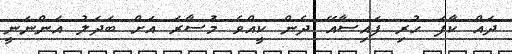
ދައް ކާފަ ހުރި ފައިސާއޭ ދެން ކީއްވެ މުަސާރަ އަށް ބަދަލު އަންނަނީ